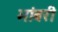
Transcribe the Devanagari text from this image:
भांबरी